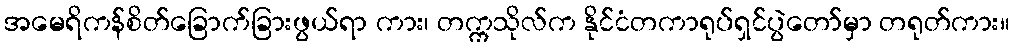
အမေရိကန်စိတ်ခြောက်ခြားဖွယ်ရာ ကား၊ တက္ကသိုလ်က နိုင်ငံတကာရုပ်ရှင်ပွဲတော်မှာ တရုတ်ကား။